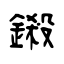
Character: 鎩